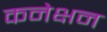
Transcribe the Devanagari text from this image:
कनेक्षन